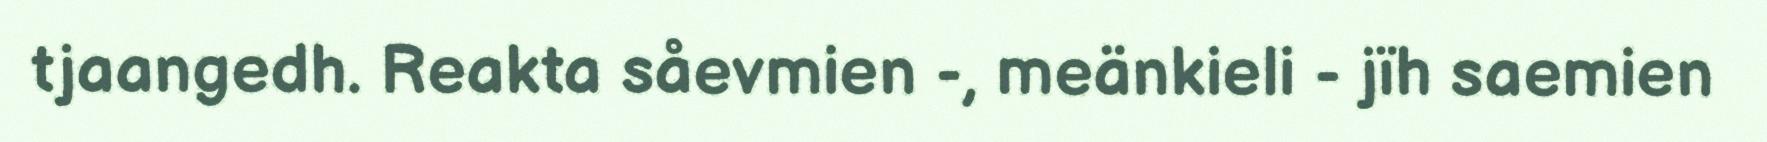
tjaangedh. Reakta såevmien -, meänkieli - jïh saemien